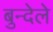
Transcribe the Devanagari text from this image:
बुन्देले